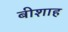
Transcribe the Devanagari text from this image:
बीशाह